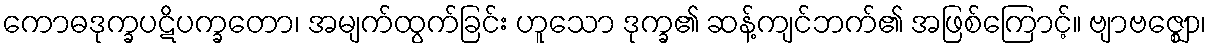
ကောဓဒုက္ခပဋိပက္ခတော၊ အမျက်ထွက်ခြင်း ဟူသော ဒုက္ခ၏ ဆန့်ကျင်ဘက်၏ အဖြစ်ကြောင့်။ ဗျာဗဇ္ဈော၊